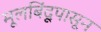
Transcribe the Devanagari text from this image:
मूलबिंदूपासून